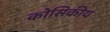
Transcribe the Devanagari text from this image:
कोसिकीय